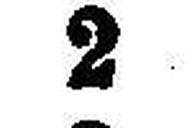
2